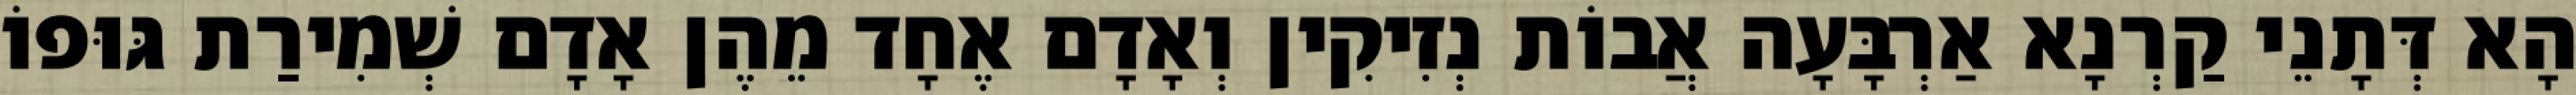
הָא דְּתָנֵי קַרְנָא אַרְבָּעָה אֲבוֹת נְזִיקִין וְאָדָם אֶחָד מֵהֶן אָדָם שְׁמִירַת גּוּפוֹ